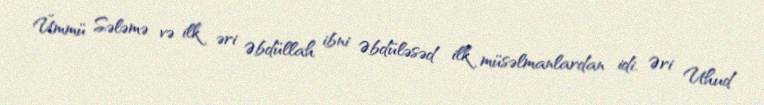
Ümmü Sələmə və ilk əri Əbdüllah ibni Əbdüləsəd ilk müsəlmanlardan idi. Əri Uhud